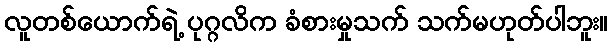
လူတစ်ယောက်ရဲ့ ပုဂ္ဂလိက ခံစားမှုသက် သက်မဟုတ်ပါဘူး။